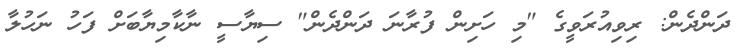
ދަންދެން: ރިވިއުރަވީގެ "މި ހަށިން ފުރާނަ ދަންދެން" ސިޔާސީ ނާކާމިޔާބަށް ފަހު ނަހުލާ